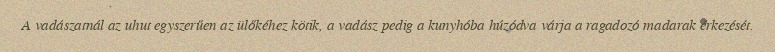
A vadászatnál az uhut egyszerűen az ülőkéhez kötik, a vadász pedig a kunyhóba húzódva várja a ragadozó madarak érkezését.